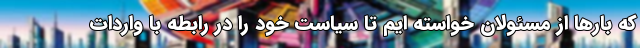
که بارها از مسئولان خواسته ایم تا سیاست خود را در رابطه با واردات